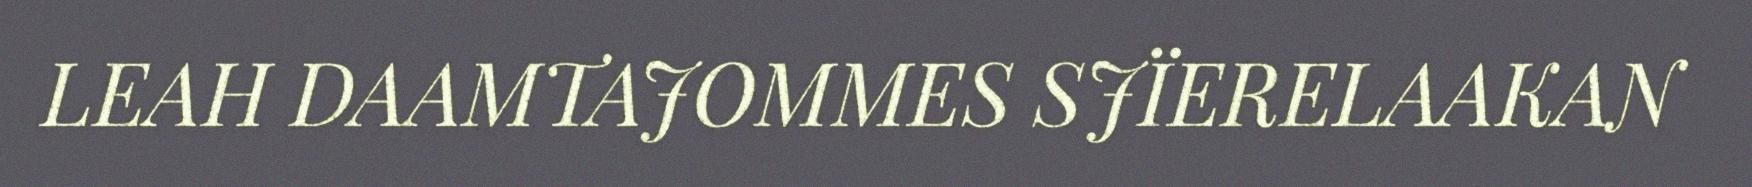
LEAH DAAMTAJOMMES SJÏERELAAKAN